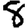
Digit: 8